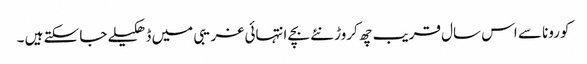
کورونا سے اس سال قریب چھ کروڑ نئے بچے انتہائی غریبی میں ڈھکیلے جا سکتے ہیں ۔